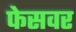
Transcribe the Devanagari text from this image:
फेसवर